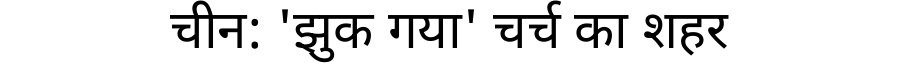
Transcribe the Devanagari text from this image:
चीन: 'झुक गया' चर्च का शहर